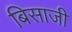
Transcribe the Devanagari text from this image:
बिसाजी